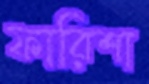
ফারিশা